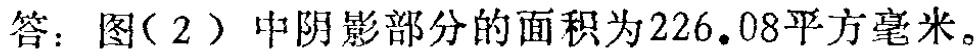
答：图（2）中阴影部分的面积为\(226.08\)平方毫米。